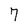
Character: 7